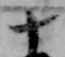
十